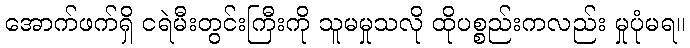
အောက်ဖက်ရှိ ငရဲမီးတွင်းကြီးကို သူမမှုသလို ထိုပစ္စည်းကလည်း မှုပုံမရ။